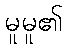
မူမူ၏